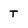
Character: T